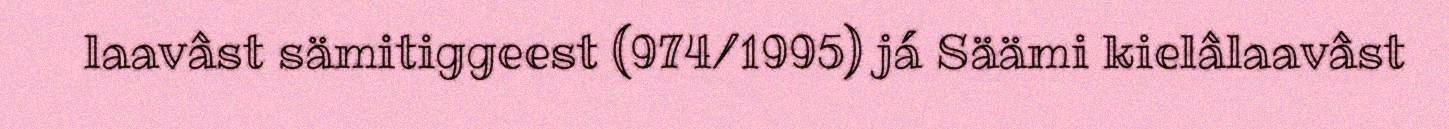
laavâst sämitiggeest (974/1995) já Säämi kielâlaavâst